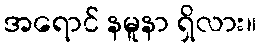
အရောင် နမူနာ ရှိလား။